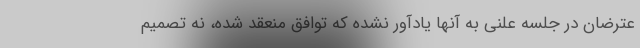
عترضان در جلسه علنی به آنها یادآور نشده که توافق منعقد شده، نه تصمیم